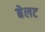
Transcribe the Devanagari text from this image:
बेलट